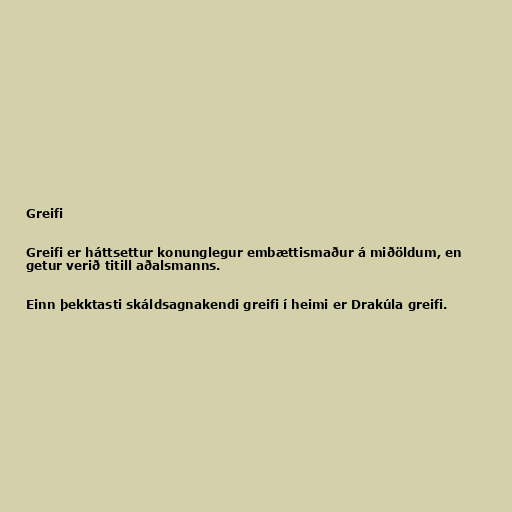
Greifi

Greifi er háttsettur konunglegur embættismaður á miðöldum, en
getur verið titill aðalsmanns.

Einn þekktasti skáldsagnakendi greifi í heimi er Drakúla greifi.